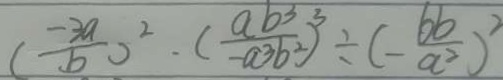
( \frac { - 3 a } { b } ) ^ { 2 } \cdot ( \frac { a b ^ { 3 } } { - a ^ { 3 } b ^ { 2 } } ) ^ { 3 } \div ( - \frac { 6 b } { a ^ { 2 } } ) ^ { 2 }